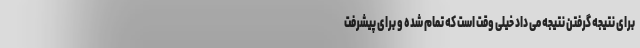
برای نتیجه گرفتن نتیجه می داد خیلی وقت است که تمام شده و برای پیشرفت